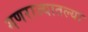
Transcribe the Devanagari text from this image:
गणराज्यातल्या